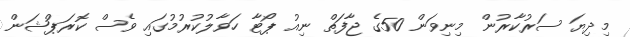
މިދިޔަ ސަރުކާރުން މިނިވަން 50ގެ ޖާފަތް ނިއު ޕޯޓާ ހަވާލުކުރުމުގައި ވެސް ކޮރަޕްޝަން